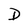
Character: D